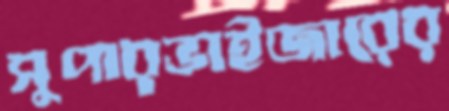
সুপারভাইজারের